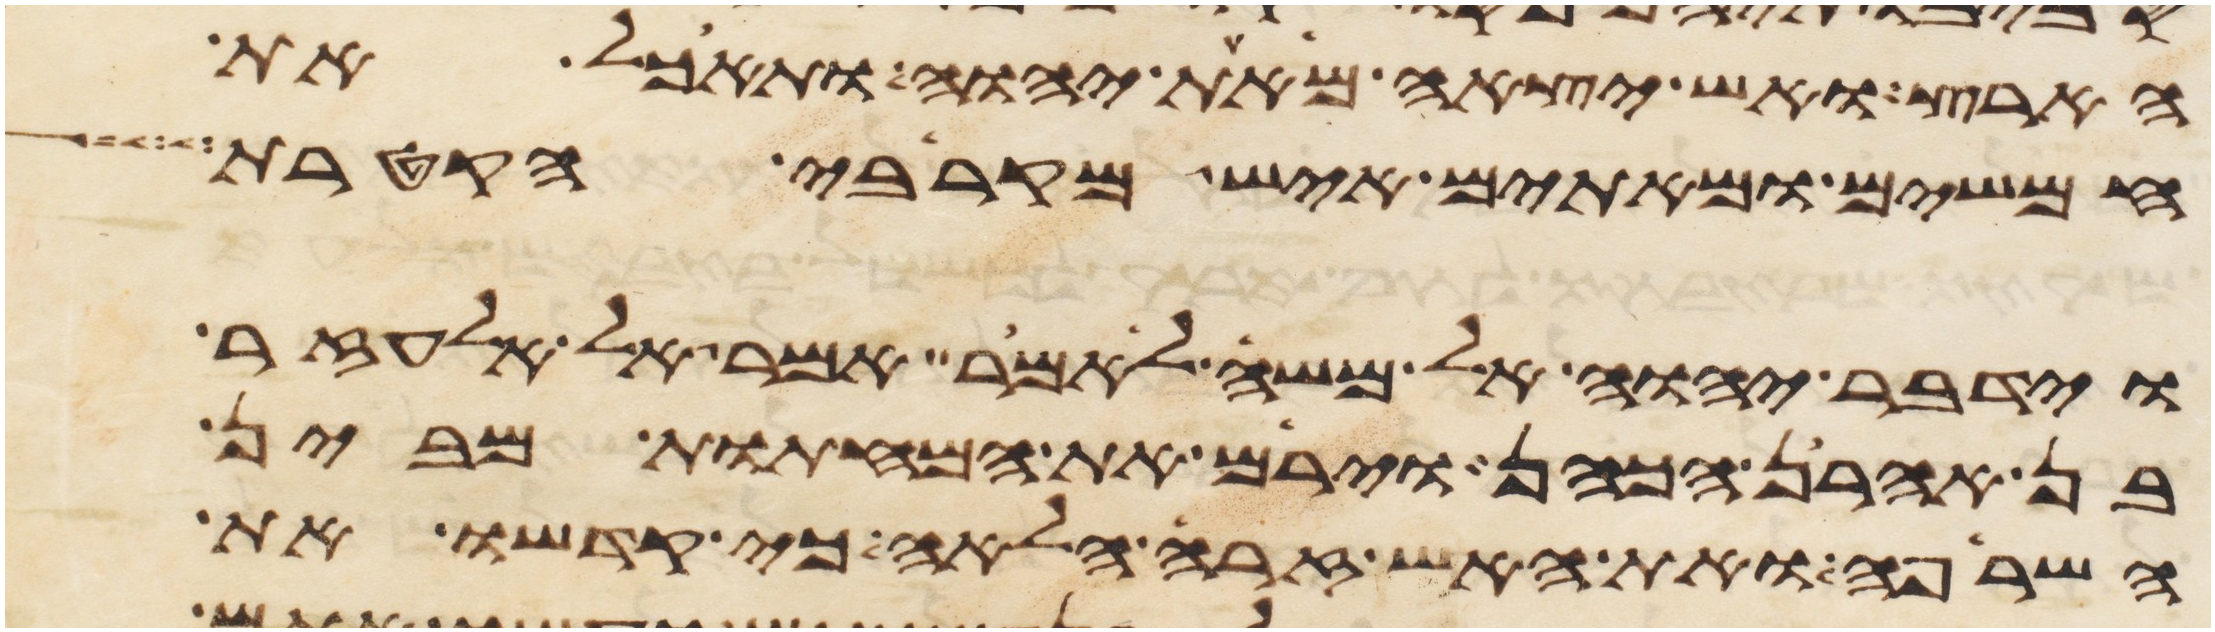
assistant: הארץ ואש יצאה מאת יהוה ותאכל את
חמשים ומאתים איש מקרבי הקטרת
וידבר יהוה אל משה לאמר אמר אל אלעזר
בן אהרן הכהן וירם את המחתות מבין
השרפה ואת האש זרה הלאה כי קדשו את